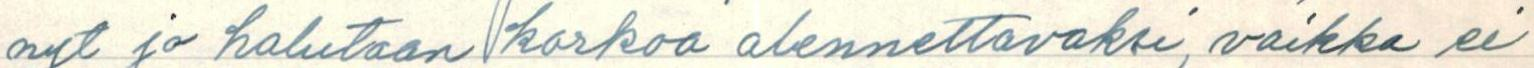
nyt jo halutaan korkoa alennettavaksi, vaikka ei